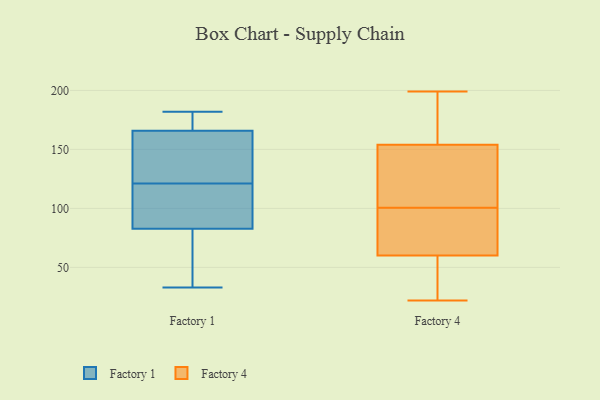
{"axis": {"x": "Shipments", "y": "Value"}, "legend": ["Factory 1", "Factory 4"], "data": [{"x": "", "y": 87, "type": "Factory 1"}, {"x": "", "y": 179, "type": "Factory 1"}, {"x": "", "y": 36, "type": "Factory 1"}, {"x": "", "y": 113, "type": "Factory 1"}, {"x": "", "y": 105, "type": "Factory 1"}, {"x": "", "y": 165, "type": "Factory 1"}, {"x": "", "y": 33, "type": "Factory 1"}, {"x": "", "y": 121, "type": "Factory 1"}, {"x": "", "y": 40, "type": "Factory 1"}, {"x": "", "y": 168, "type": "Factory 1"}, {"x": "", "y": 111, "type": "Factory 1"}, {"x": "", "y": 151, "type": "Factory 1"}, {"x": "", "y": 182, "type": "Factory 1"}, {"x": "", "y": 154, "type": "Factory 1"}, {"x": "", "y": 173, "type": "Factory 1"}, {"x": "", "y": 70, "type": "Factory 1"}, {"x": "", "y": 155, "type": "Factory 1"}, {"x": "", "y": 39, "type": "Factory 4"}, {"x": "", "y": 154, "type": "Factory 4"}, {"x": "", "y": 36, "type": "Factory 4"}, {"x": "", "y": 191, "type": "Factory 4"}, {"x": "", "y": 199, "type": "Factory 4"}, {"x": "", "y": 107, "type": "Factory 4"}, {"x": "", "y": 23, "type": "Factory 4"}, {"x": "", "y": 164, "type": "Factory 4"}, {"x": "", "y": 154, "type": "Factory 4"}, {"x": "", "y": 68, "type": "Factory 4"}, {"x": "", "y": 75, "type": "Factory 4"}, {"x": "", "y": 126, "type": "Factory 4"}, {"x": "", "y": 127, "type": "Factory 4"}, {"x": "", "y": 84, "type": "Factory 4"}, {"x": "", "y": 22, "type": "Factory 4"}, {"x": "", "y": 80, "type": "Factory 4"}, {"x": "", "y": 94, "type": "Factory 4"}, {"x": "", "y": 52, "type": "Factory 4"}, {"x": "", "y": 118, "type": "Factory 4"}, {"x": "", "y": 192, "type": "Factory 4"}]}